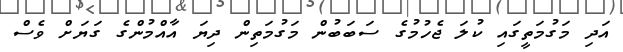
އަދި މަގުމަތީގައި ކުލަ ޖެހުމުގެ ސަބަބުން މަގުމަތިން ދިޔަ އާއްމުންގެ ގަޔަށް ވެސް